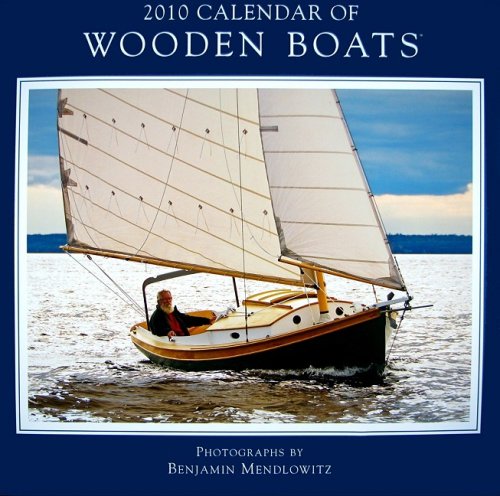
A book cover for Wooden Boats 2010 Wall Calendar; NOAH Publications; Calendars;